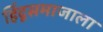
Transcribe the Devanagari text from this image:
हिंदूसमाजाला